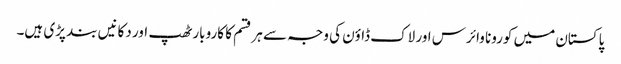
پاکستان میں کورونا وائرس اور لاک ڈاؤن کی وجہ سے ہر قسم کا کاروبار ٹھپ اور دکانیں بند پڑی ہیں۔